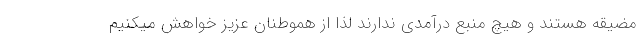
مضیقه هستند و هیچ منبع درآمدی ندارند لذا از هموطنان عزیز خواهش میکنیم